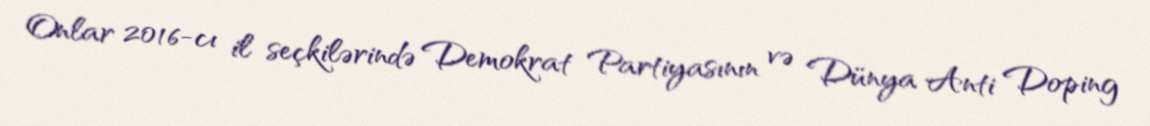
Onlar 2016-cı il seçkilərində Demokrat Partiyasının və Dünya Anti Doping